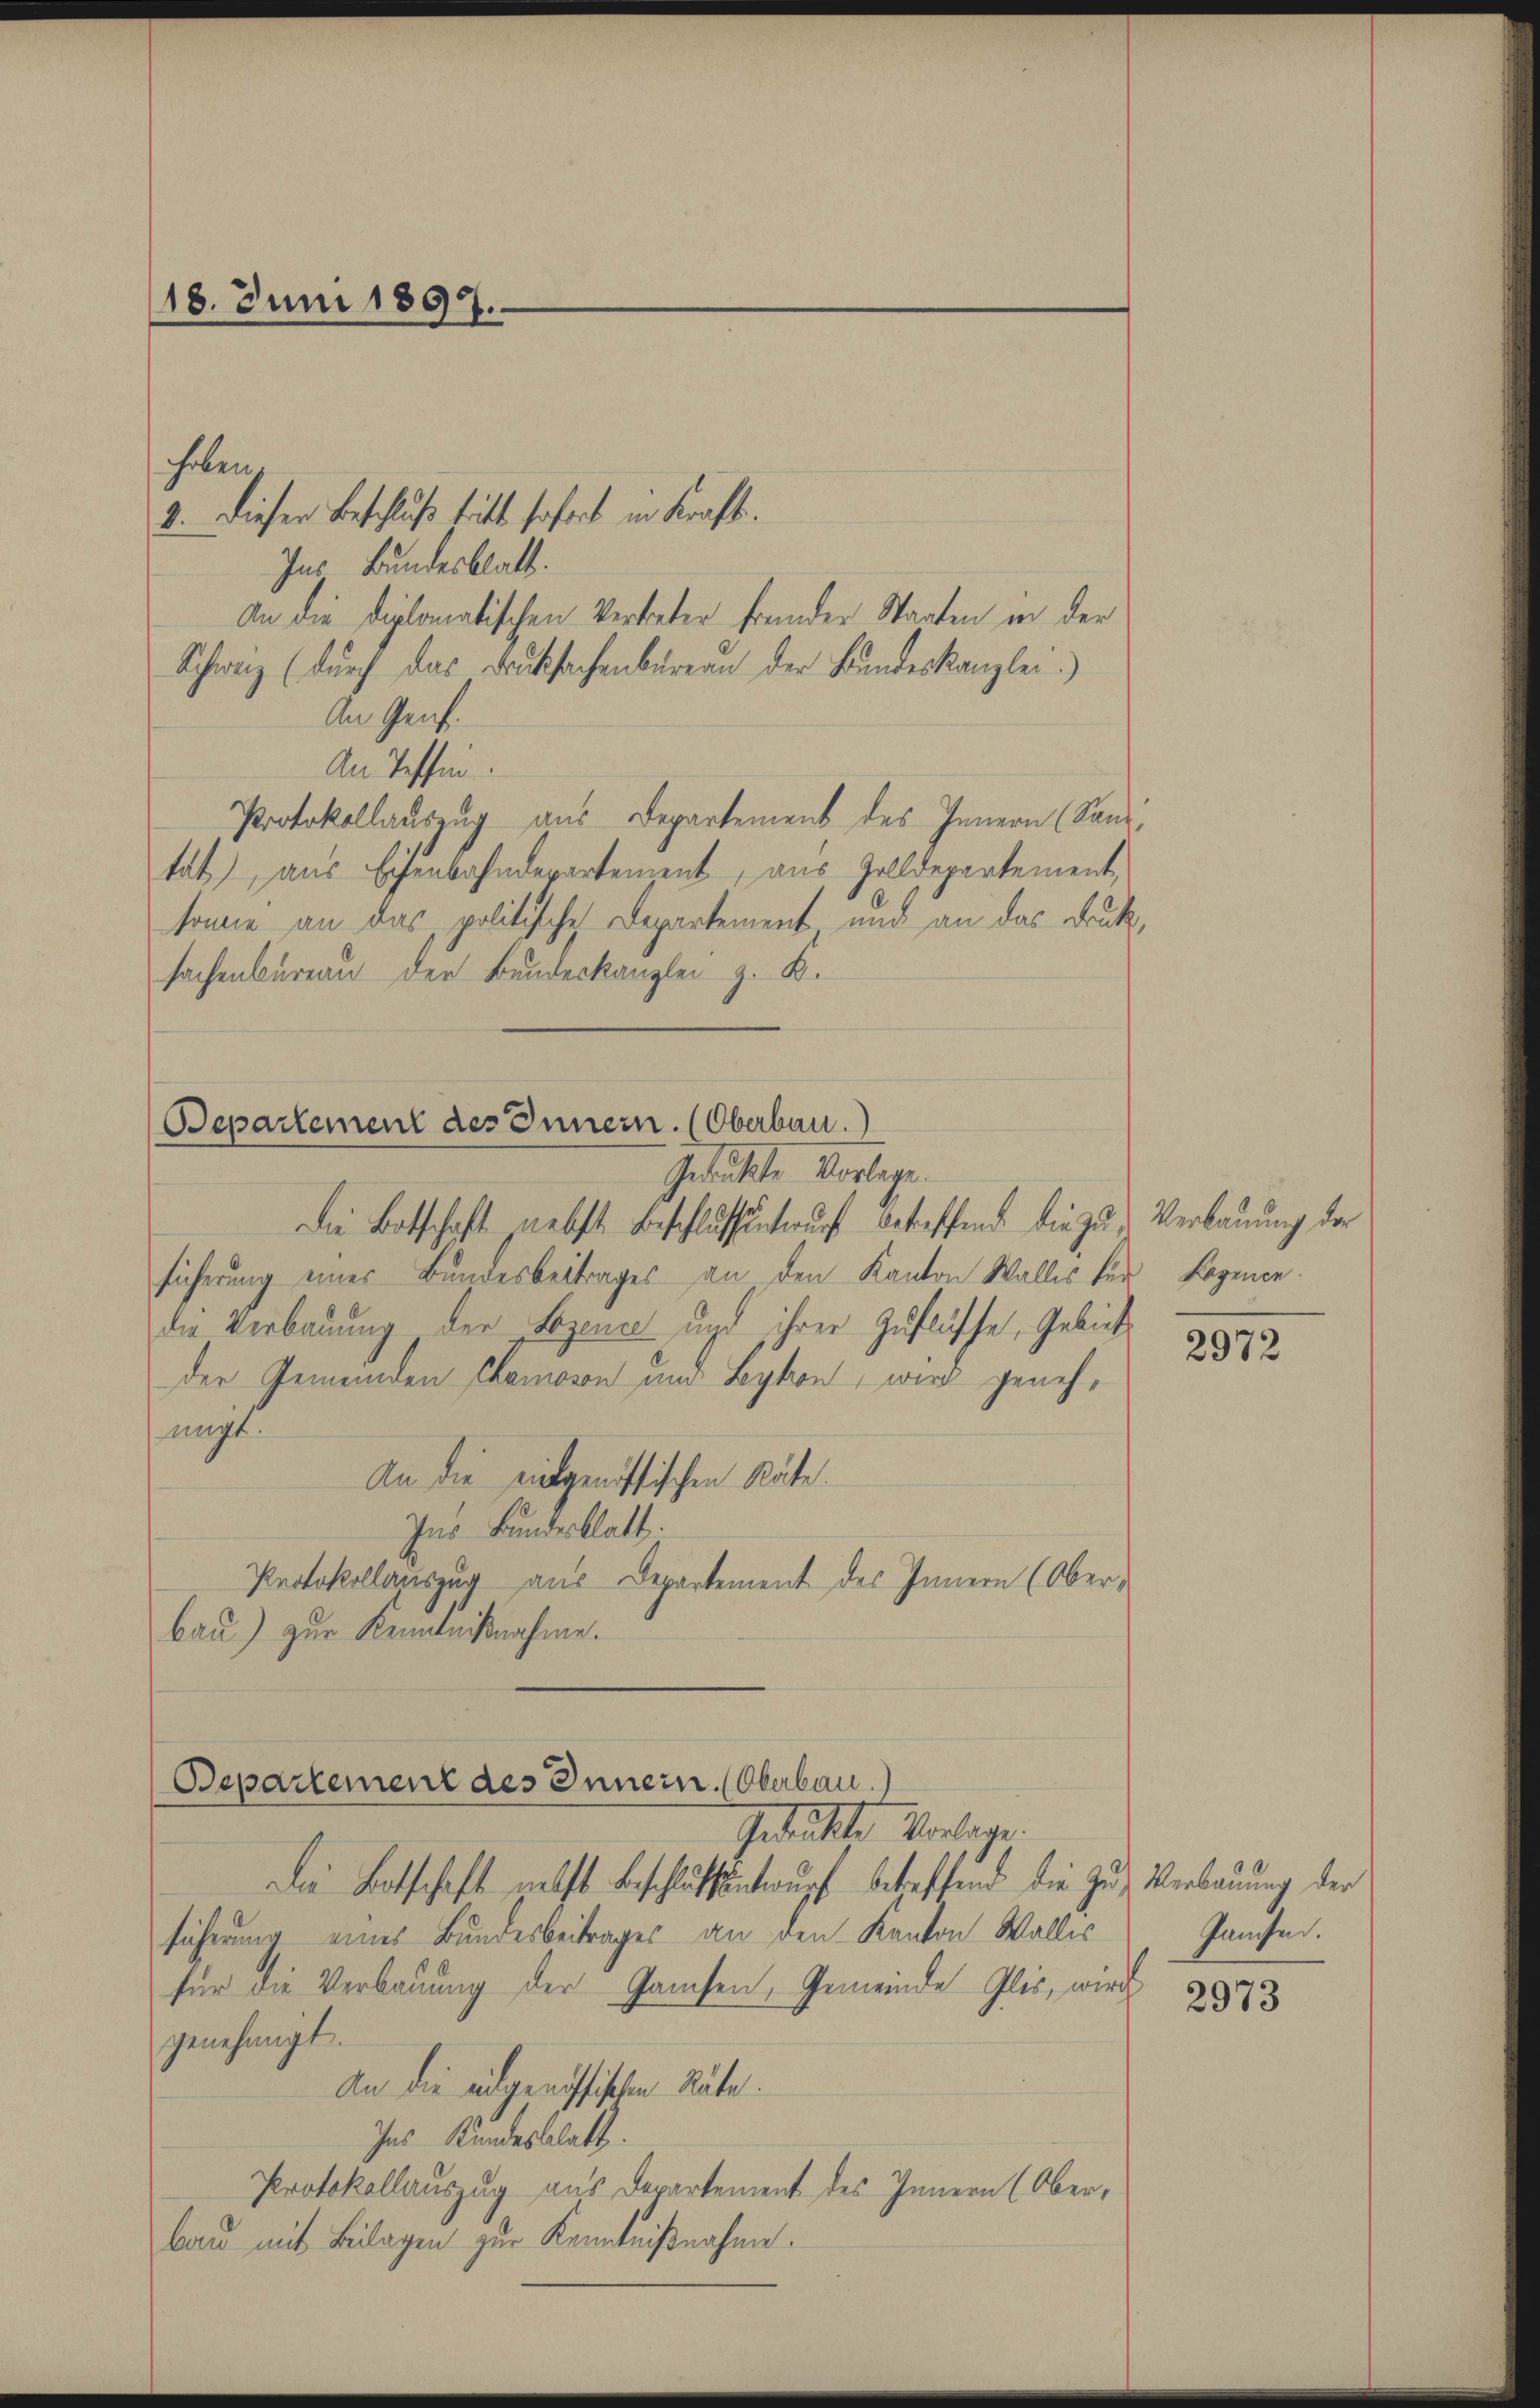
—
18. Juni 1897.

2. Dieser Beschluß tritt sofort in Kraft.
Ins Bundesblatt.
An die diplomatischen Vertreter fremder Staaten in der
Schweiz (durch das Bruksachenbureau der Bundeskanzlei.
An Genf.
An Tessin.
Protokollauszug aus Departement des Innern (Sandtät) aus Eisenbahndepartement, aus Zolldepartement,
sonne an das politische Departement und an das Druck,
sachenbüreau der Bundeskanzlei z. B.

haben,

Separtement des Innern. (Oberbau.
Gedeckte Vorlage.

Die Botschaft nebst Beschlussentwurf betreffend die zu Verbauung der
sicherung einer Bundesbeitrages an den Kanton Wallis für Bogence.
die Verbauung der Bozence und ihrer Zuflüsse, Gebiet
der Gemeinden Chamosen um Leykon, wird genehmigt.
An die eidgenössischen Räte.
Ins Bundesblatt.
Protokollauszug aus Departement des Innern (Oberbau) zur Kenntnißnahme.

Departement des Innern. (Oberbau.)
Gedrückte Vorlage.

Die Botschaft nebst Beschlussentwurf betreffend die Zug, Verbauung der
sicherung eines Bundesbeitrages an den Kanton Wallis
für die Verbauung der Gamsen, Gemeinde Plis, wird
genehmigt.
An die eidgenössischen Räte.
Ins Kundesblatt.
Protokollauszug aus Departement des Innern (Oberbau mit Beilagen zur Kenntnißnahme.

2972

Janchen.

2973